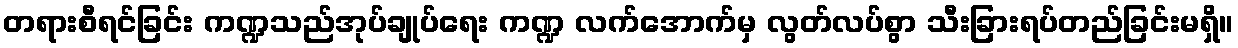
တရားစီရင်ခြင်း ကဏ္ဍသည်အုပ်ချုပ်ရေး ကဏ္ဍ လက်အောက်မှ လွတ်လပ်စွာ သီးခြားရပ်တည်ခြင်းမရှိ။